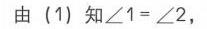
由\((1)\)知\(\angle 1 = \angle 2\)，